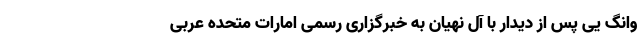
وانگ یی پس از دیدار با آل نهیان به خبرگزاری رسمی امارات متحده عربی